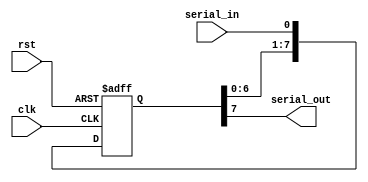
`timescale 1ns / 1ps
//////////////////////////////////////////////////////////////////////////////////
// Company: 
// Engineer: 
// 
// Design Name: 
// Module Name: siso_shift_register
// Project Name: 
// Target Devices: 
// Tool Versions: 
// Description: 
// 
// Dependencies: 
// 
// Revision:
// Revision 0.01 - File Created
// Additional Comments:
// 
//////////////////////////////////////////////////////////////////////////////////




module siso_shift_register (
  input wire clk,
  input wire rst,
  input wire serial_in,
  output wire serial_out
);
  reg [7:0] shift_register;

  always @(posedge clk or posedge rst) begin
    if (rst) 
        begin
        shift_register <= 8'b0;// Reset the shift register
        end 
    else 
        begin
        shift_register <= {shift_register[6:0], serial_in};// Shift the data in
        end
    end
    assign serial_out = shift_register[7];
endmodule